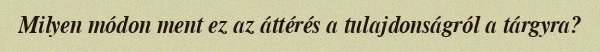
Milyen módon ment ez az áttérés a tulajdonságról a tárgyra?